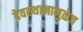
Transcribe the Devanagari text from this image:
देवस्थानामुळेच